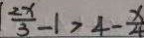
\frac { 2 x } { 3 } - 1 > 4 - \frac { x } { 4 }